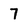
Character: 7